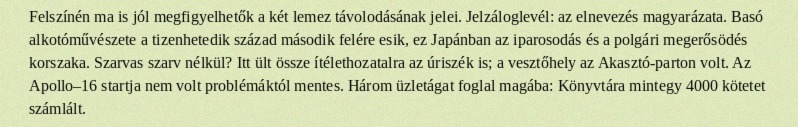
Felszínén ma is jól megfigyelhetők a két lemez távolodásának jelei. Jelzáloglevél: az elnevezés magyarázata. Basó alkotóművészete a tizenhetedik század második felére esik, ez Japánban az iparosodás és a polgári megerősödés korszaka. Szarvas szarv nélkül? Itt ült össze ítélethozatalra az úriszék is; a vesztőhely az Akasztó-parton volt. Az Apollo–16 startja nem volt problémáktól mentes. Három üzletágat foglal magába: Könyvtára mintegy 4000 kötetet számlált.